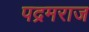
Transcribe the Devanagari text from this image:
पद्रमराज